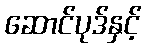
ဆောင်ပုဒ်နှင့်